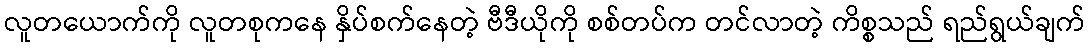
လူတယောက်ကို လူတစုကနေ နှိပ်စက်နေတဲ့ ဗီဒီယိုကို စစ်တပ်က တင်လာတဲ့ ကိစ္စသည် ရည်ရွယ်ချက်